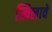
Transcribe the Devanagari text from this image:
खिलावे